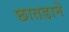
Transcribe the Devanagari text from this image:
छातडाने